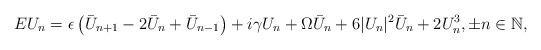
LaTeX: \begin{align*}E U_n = \epsilon \left( \bar{U}_{n+1} - 2 \bar{U}_n + \bar{U}_{n-1} \right) + i \gamma U_n + \Omega \bar{U}_n +6 |U_n|^2 \bar{U}_n + 2 U_n^3, \pm n \in \mathbb{N}, \end{align*}